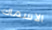
الاسماك